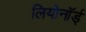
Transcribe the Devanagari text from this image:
लियोनॉर्ड्